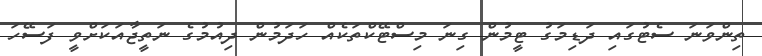
ތިންވަނަ ސެޓުގައި ދަޑިމަގު ޓީމުން ގިނަ މިސްޓޭކްތަކެއް ހަދަމުން ދިއުމުގެ ނަތީޖާއަކަށްވީ ފަސޭހަ